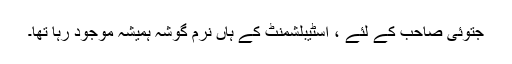
جتوئی صاحب کے لئے ، اسٹیبلشمنٹ کے ہاں نرم گوشہ ہمیشہ موجود رہا تھا۔